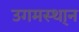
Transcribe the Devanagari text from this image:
उगमस्था्न